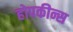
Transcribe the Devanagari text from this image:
होपकीन्स